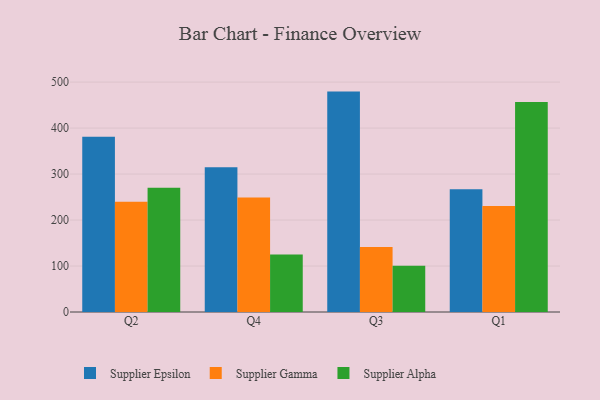
{"axis": {"x": "Quarter", "y": "Bounce Rate (%)"}, "legend": ["Supplier Alpha", "Supplier Epsilon", "Supplier Gamma"], "data": [{"x": "Q2", "y": 380.9, "type": "Supplier Epsilon"}, {"x": "Q2", "y": 240.0, "type": "Supplier Gamma"}, {"x": "Q2", "y": 270.3, "type": "Supplier Alpha"}, {"x": "Q4", "y": 314.8, "type": "Supplier Epsilon"}, {"x": "Q4", "y": 248.8, "type": "Supplier Gamma"}, {"x": "Q4", "y": 124.9, "type": "Supplier Alpha"}, {"x": "Q3", "y": 479.3, "type": "Supplier Epsilon"}, {"x": "Q3", "y": 141.2, "type": "Supplier Gamma"}, {"x": "Q3", "y": 100.4, "type": "Supplier Alpha"}, {"x": "Q1", "y": 267.1, "type": "Supplier Epsilon"}, {"x": "Q1", "y": 230.7, "type": "Supplier Gamma"}, {"x": "Q1", "y": 456.7, "type": "Supplier Alpha"}]}